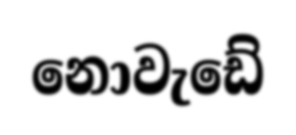
නොවැඩේ